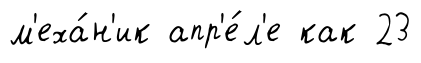
м'еха́н'ик апр'е́л'е как 23